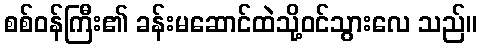
စစ်ဝန်ကြီး၏ ခန်းမဆောင်ထဲသို့ဝင်သွားလေ သည်။